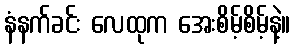
နံနက်ခင်း လေထုက အေးစိမ့်စိမ့်နဲ့။